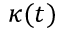
\kappa ( t )